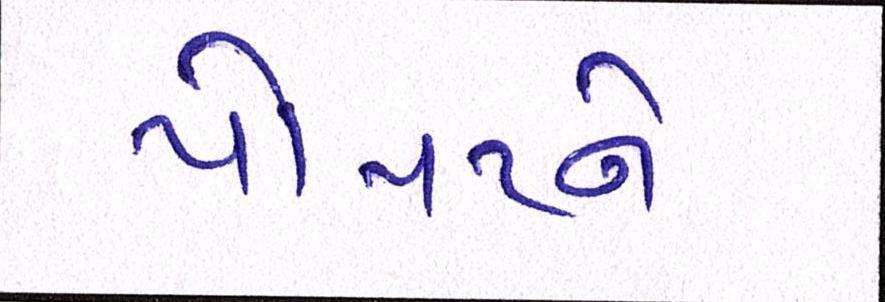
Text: પોપટને